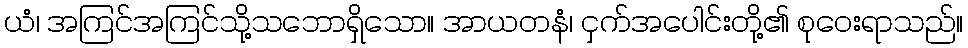
ယံ၊ အကြင်အကြင်သို့သဘောရှိသော။ အာယတနံ၊ ငှက်အပေါင်းတို့၏ စုဝေးရာသည်။